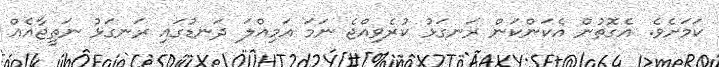
ކަމަށެވެ. އެގޮތުން އެކަންކަން ރަނގަޅު ކުރެވިއްޖެ ނަމަ އަމިއްލަ ދަނޑުގައި ރަނގަޅު ނަތީޖާއެއް